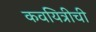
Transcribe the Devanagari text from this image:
कवयित्रीची